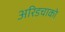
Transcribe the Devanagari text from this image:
अरिडचाको